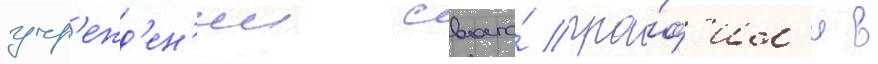
учр'ежд'ен'ии своего́ про́ф'ил'я в